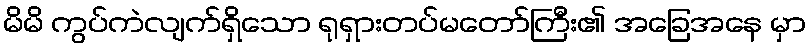
မိမိ ကွပ်ကဲလျက်ရှိသော ရုရှားတပ်မတော်ကြီး၏ အခြေအနေ မှာ